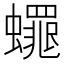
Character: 𮕋